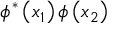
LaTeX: \phi ^ { * } \left( x _ { 1 } \right) \phi \left( x _ { 2 } \right)